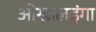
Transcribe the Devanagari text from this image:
ओखालढुंगा